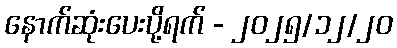
နောက်ဆုံးပေးပို့ရက် - ၂၀၂၅/၁၂/၂၀